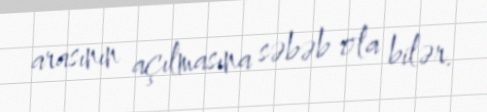
arasının açılmasına səbəb ola bilər.